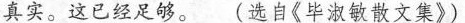
真实。这已经足够。(选自《毕淑敏散文集》)